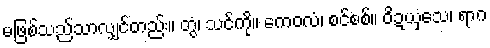
မဖြစ်သည်သာလျှင်တည်း။ တွံ၊ သင်ကို။ ကေဝလံ၊ စင်စစ်။ ဝိဍယှသေ၊ ရာဂ